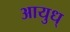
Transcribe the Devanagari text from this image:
आयुध्